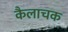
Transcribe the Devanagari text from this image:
कैलाचक